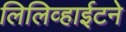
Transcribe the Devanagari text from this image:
लिलिव्हाईटने